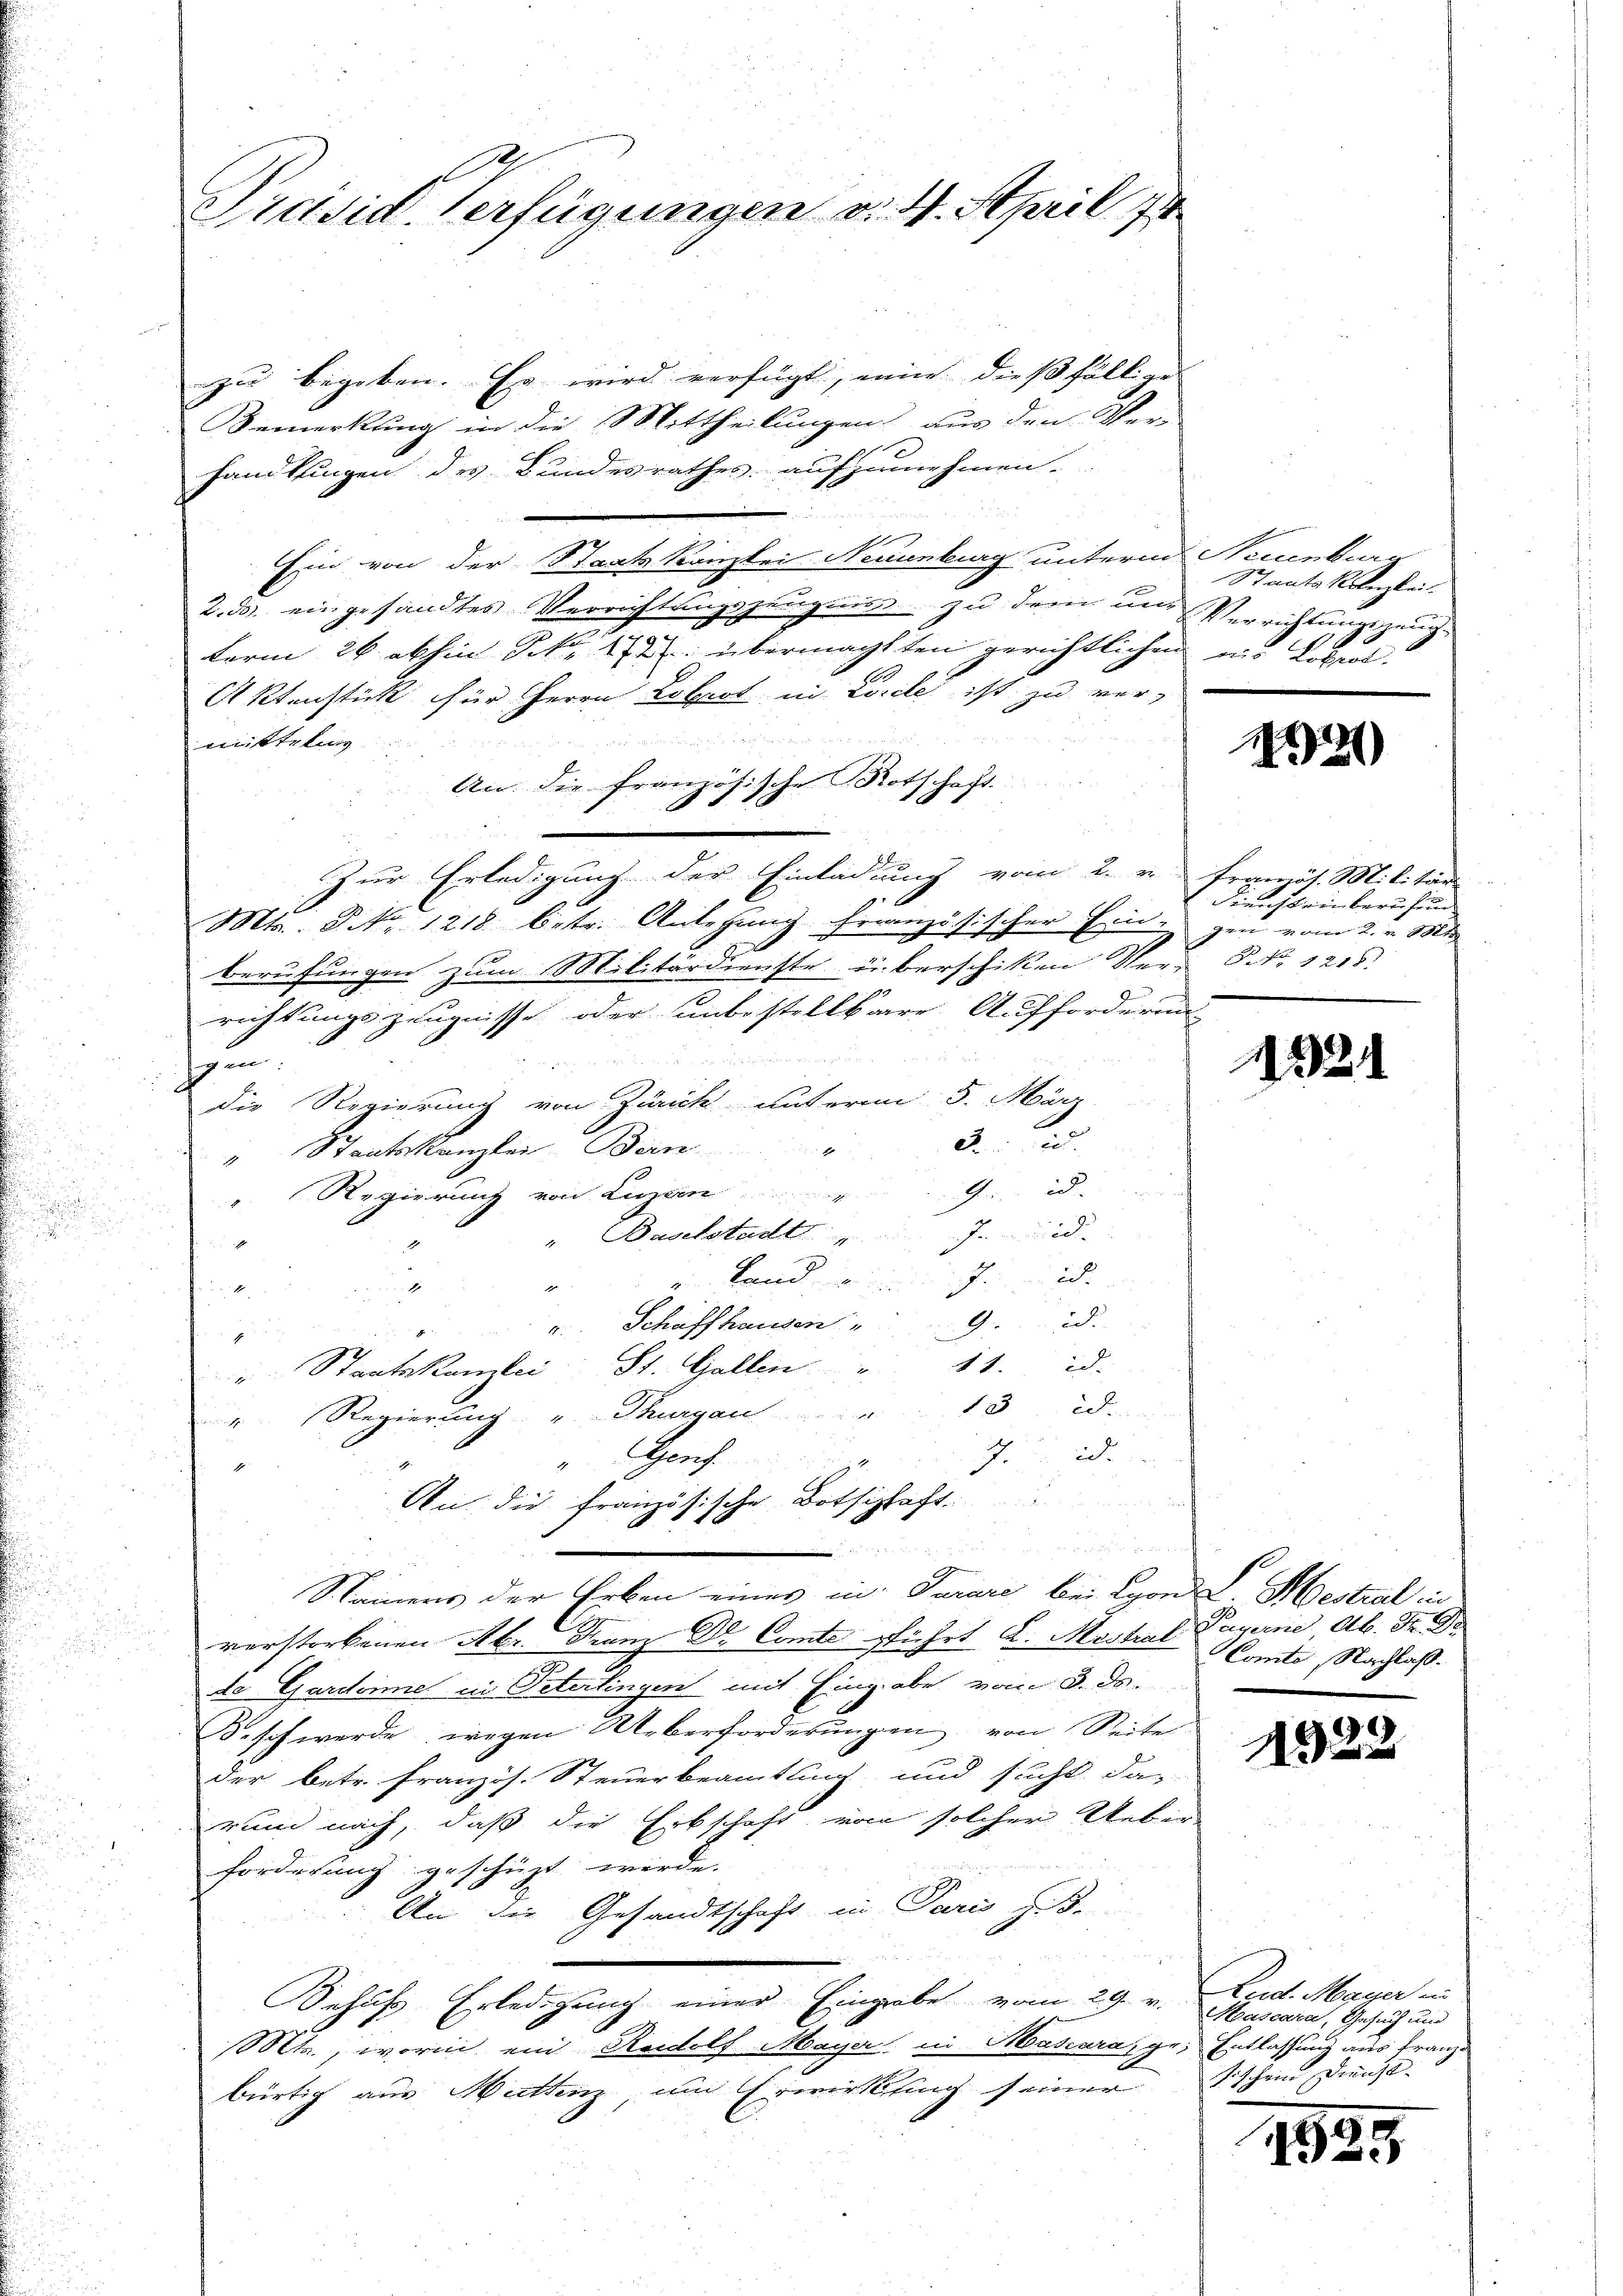
Präsid. Verfügungen d. 4. April 174

zu begeben. Es wird verfügt, einen dießfällige
Bemerkung in die Mittheilungen aus den Ver-
handlungen des Bundesrathes aufzunehmen.
Ein von der Staatskanzlei Neuenburg unterm Neuenburg
2. ds. eingesandtes Verrichtungszeugnis zu dem und Verrichtungszeugterm 26. abhin Frk. 112. übermachten gerichtlichen und Lobl.
A Ktastick für Herrn Lokart in Locale ist zu vermittelung
An die französische Rotschaft.
.
5
zur Erledigung der Einladung vom 2. v. Ergmös. Militär
Mts. NNo. 1218 betr. Anlegung französischer Eingen vom 2. v. Mts.
berufungen zum Militärdienste überschiken Ver- P. Nr. 1215:
richtungszeugnisse oder unbestellbare Aufforderung
g
un

die Regierung von Züricht unterm 5. März
3.
" Staatskanzlei- Bern
Gr. d.
Regierung von Luzern
Ind
" Baselstadt

u Land d
 x

9.d.
" Schaffhausen

" Staatskanzlei St. Gallen " 11. d.
13 d.
ir Regierung u. Thurgau
7.2
" Egeres.
H
u
An die französische Botschaft.
Saiers der Erben eines in Turare bei Lyon L. Mestral in
verstorbenen Aber Franz Dr. Comte führt d. Mostral Payerne Ab. Fr. D
de Gardonne in Peterlingen mit Eingabe vom 3. ds.
Beschwerde, wegen Ueberforderungen von Seite
der betr. Französ. Steuerbeamtung und sucht, das
rund nach, daß die Erbschaft von solcher Ueber
forderung geschüzt werde.
An die Gesandtschaft in Paris s.
n
2
ehufs Erledigung einer Eingrabe vom 29. v.
Mt., worin ein Rudolf Mayer in Mascara ge. Entlassung aus Franzo
bürtig aus Muttenz, um Erwirkling seiner Tischen Dienst-

Staatskanzlei.

1321)

Dierchteinberufend

1321

Comte Nachlaß.

1322

Rud. Maÿer in
Mascara, Gesuch und

d

0
1